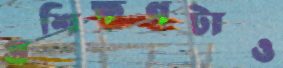
প্রশিক্ষণটাও